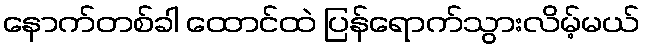
နောက်တစ်ခါ ထောင်ထဲ ပြန်ရောက်သွားလိမ့်မယ်